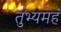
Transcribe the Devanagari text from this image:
तुभ्यमहं